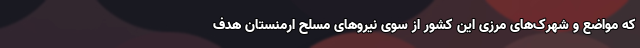
که مواضع و شهرک‌های مرزی این کشور از سوی نیروهای مسلح ارمنستان هدف